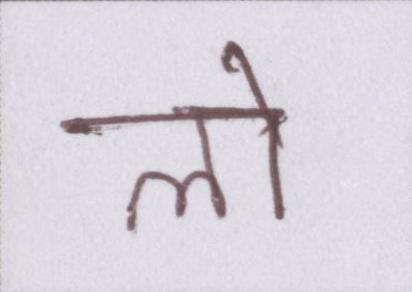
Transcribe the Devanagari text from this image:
लो